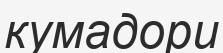
кумадори